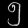
Digit: ၅